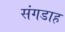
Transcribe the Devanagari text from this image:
संगडाह